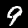
Label: 9